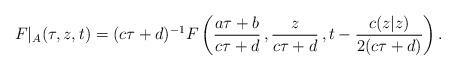
LaTeX: \begin{align*}F|_A (\tau, z, t) = (c\tau +d)^{-1} F\left(\frac{a\tau + b}{c\tau+d}\,, \frac{z}{c\tau+d}\,, t-\frac{c(z|z)}{2(c \tau+d)} \right).\end{align*}